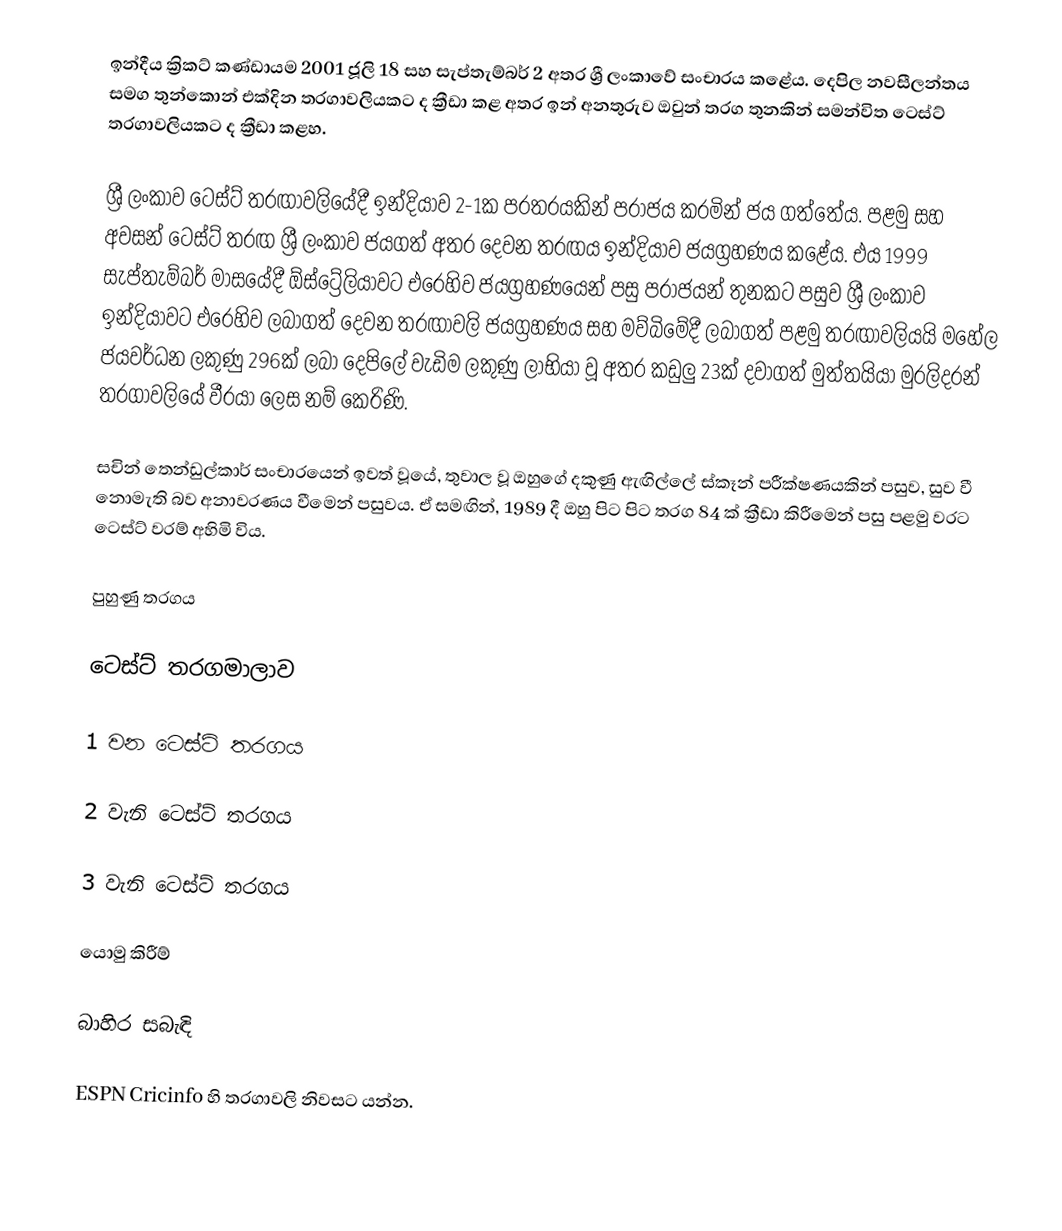
ඉන්දීය ක්‍රිකට් කණ්ඩායම 2001 ජූලි 18 සහ සැප්තැම්බර් 2 අතර ශ්‍රී ලංකාවේ සංචාරය කළේය. දෙපිල නවසීලන්තය සමග තුන්කොන් එක්දින තරගාවලියකට ද ක්‍රීඩා කළ අතර ඉන් අනතුරුව ඔවුන් තරග තුනකින් සමන්විත ටෙස්ට් තරගාවලියකට ද ක්‍රීඩා කළහ.

ශ්‍රී ලංකාව ටෙස්ට් තරඟාවලියේදී ඉන්දියාව 2-1ක පරතරයකින් පරාජය කරමින් ජය ගත්තේය. පළමු සහ අවසන් ටෙස්ට් තරඟ ශ්‍රී ලංකාව ජයගත් අතර දෙවන තරඟය ඉන්දියාව ජයග්‍රහණය කළේය. එය 1999 සැප්තැම්බර් මාසයේදී ඕස්ට්‍රේලියාවට එරෙහිව ජයග්‍රහණයෙන් පසු පරාජයන් තුනකට පසුව ශ්‍රී ලංකාව ඉන්දියාවට එරෙහිව ලබාගත් දෙවන තරඟාවලි ජයග්‍රහණය සහ මව්බිමේදී ලබාගත් පළමු තරඟාවලියයි  මහේල ජයවර්ධන ලකුණු 296ක් ලබා දෙපිලේ වැඩිම ලකුණු ලාභියා වූ අතර කඩුලු 23ක් දවාගත් මුත්තයියා මුරලිදරන් තරගාවලියේ වීරයා ලෙස නම් කෙරිණි.

සචින් තෙන්ඩුල්කාර් සංචාරයෙන් ඉවත් වූයේ, තුවාල වූ ඔහුගේ දකුණු ඇඟිල්ලේ ස්කෑන් පරීක්ෂණයකින් පසුව, සුව වී නොමැති බව අනාවරණය වීමෙන් පසුවය. ඒ සමඟින්, 1989 දී ඔහු පිට පිට තරග 84 ක් ක්‍රීඩා කිරීමෙන් පසු පළමු වරට ටෙස්ට් වරම් අහිමි විය.

පුහුණු තරගය

ටෙස්ට් තරගමාලාව

1 වන ටෙස්ට් තරගය

2 වැනි ටෙස්ට් තරගය

3 වැනි ටෙස්ට් තරගය

යොමු කිරීම්

බාහිර සබැඳි

 ESPN Cricinfo හි තරගාවලි නිවසට යන්න.